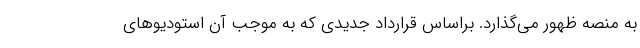
به منصه ظهور می‌گذارد. براساس قرارداد جدیدی که به موجب آن استودیوهای